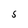
Character: s